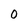
Character: O